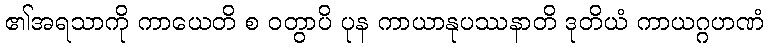
၏အရသာကို ကာယေတိ စ ဝတွာပိ ပုန ကာယာနုပဿနာတိ ဒုတိယံ ကာယဂ္ဂဟဏံ